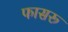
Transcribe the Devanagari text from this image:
फासरू